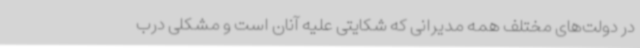
در دولت‌های مختلف همه مدیرانی که شکایتی علیه آنان است و مشکلی درب